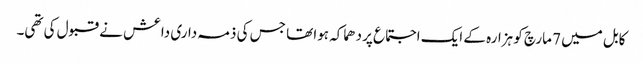
کابل میں 7 مارچ کو ہزارہ کے ایک اجتماع پر دھماکہ ہوا تھا جس کی ذمہ داری داعش نے قبول کی تھی۔